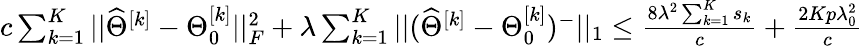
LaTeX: \begin{array}{r}{c\sum_{k=1}^{K}||\widehat{\Theta}^{[k]}-\Theta_{0}^{[k]}||_{F}^{2}+\lambda\sum_{k=1}^{K}||(\widehat{\Theta}^{[k]}-\Theta_{0}^{[k]})^{-}||_{1}\leq\frac{8\lambda^{2}\sum_{k=1}^{K}s_{k}}{c}+\frac{2Kp\lambda_{0}^{2}}{c}}\end{array}